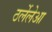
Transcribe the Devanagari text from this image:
ठर्लेलेआ